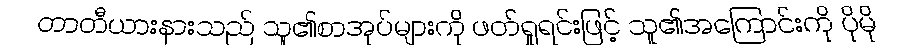
တာတီယားနားသည် သူ၏စာအုပ်များကို ဖတ်ရှုရင်းဖြင့် သူ၏အကြောင်းကို ပိုမို